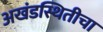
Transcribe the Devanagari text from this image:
अखंडस्थितीचा